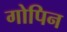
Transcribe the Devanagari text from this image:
गोपिन